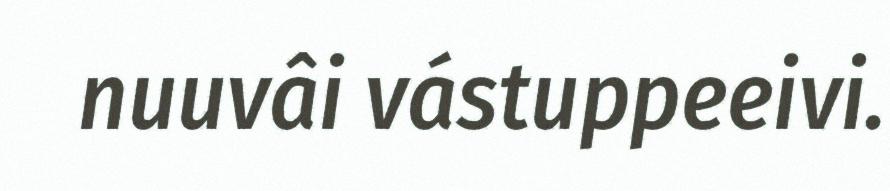
nuuvâi vástuppeeivi.